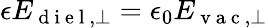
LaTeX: \epsilon E_{\mathrm{~d~i~e~l~},\perp}=\epsilon_{0}E_{\mathrm{~v~a~c~},\perp}